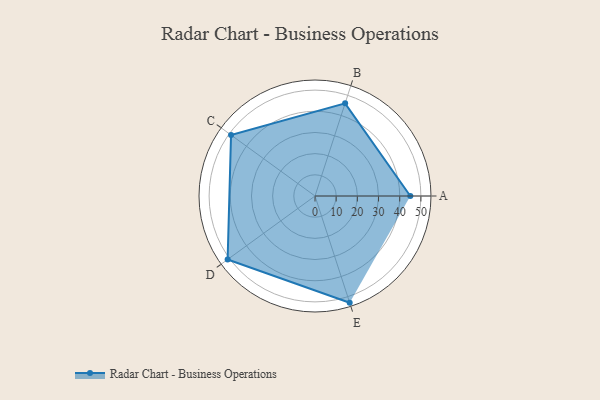
{"axis": {"x": "Skill", "y": "Score"}, "legend": ["Profile"], "data": [{"x": "A", "y": 45.0, "type": "Profile"}, {"x": "B", "y": 46.0, "type": "Profile"}, {"x": "C", "y": 49.0, "type": "Profile"}, {"x": "D", "y": 51.0, "type": "Profile"}, {"x": "E", "y": 53.0, "type": "Profile"}]}